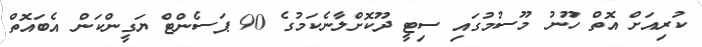
ކުރިއަށް އޮތް ހޫނު މޫސުމުގައި ސިޓީ ދޫކޮށްލާނެކަމުގެ 90 ޕަސެންޓް ޔަގީންކަން އެބައޮތް